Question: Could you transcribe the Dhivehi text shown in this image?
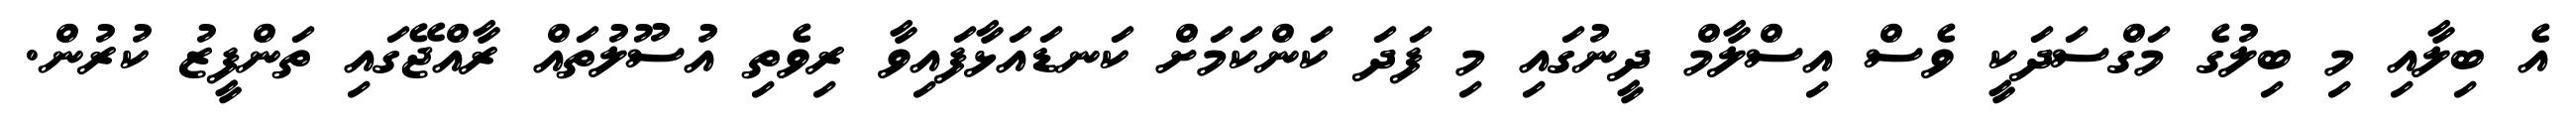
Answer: އެ ބިލާއި މި ބިލުގެ މަގްސަދަކީ ވެސް އިސްލާމް ދީނުގައި މި ފަދަ ކަންކަމަށް ކަނޑައަޅާފައިވާ ރިވެތި އުސޫލުތައް ރާއްޖޭގައި ތަންފީޒު ކުރުން.